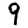
Digit: 9